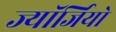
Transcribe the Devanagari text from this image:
ज्यॉर्जियो